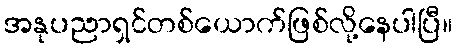
အနုပညာရှင်တစ်ယောက်ဖြစ်လို့နေပါပြီ။